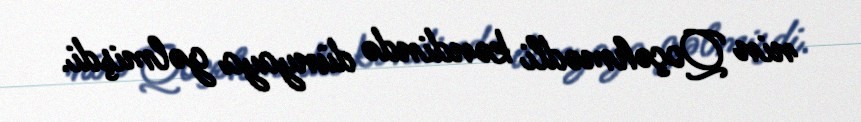
nin Qoçəhmədli kəndində dünyaya gəlmişdi.